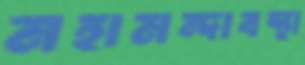
মহামন্দাবস্থা